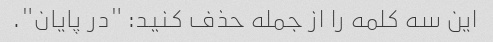
این سه کلمه را از جمله حذف کنید: "در پایان".